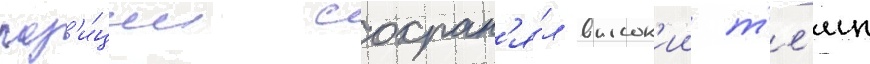
поз'и́ции сохран'я́л высок'ии т'е́мп